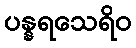
ပန္နရသေရိဝ